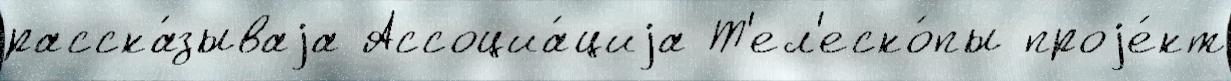
расска́зываjа Ассоциа́циjа Т'ел'еско́пы проjе́кт